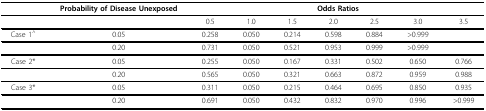
<table><thead><tr><td></td><td><b>Probability of Disease Unexposed</b></td><td colspan="7"><b>Odds Ratios</b></td></tr></thead><tbody><tr><td></td><td></td><td>0.5</td><td>1.0</td><td>1.5</td><td>2.0</td><td>2.5</td><td>3.0</td><td>3.5</td></tr><tr><td>Case 1<sup>^</sup></td><td>0.05</td><td>0.258</td><td>0.050</td><td>0.214</td><td>0.598</td><td>0.884</td><td>&gt;0.999</td><td></td></tr><tr><td></td><td>0.20</td><td>0.731</td><td>0.050</td><td>0.521</td><td>0.953</td><td>0.999</td><td>&gt;0.999</td><td></td></tr><tr><td>Case 2*</td><td>0.05</td><td>0.255</td><td>0.050</td><td>0.167</td><td>0.331</td><td>0.502</td><td>0.650</td><td>0.766</td></tr><tr><td></td><td>0.20</td><td>0.565</td><td>0.050</td><td>0.321</td><td>0.663</td><td>0.872</td><td>0.959</td><td>0.988</td></tr><tr><td>Case 3*</td><td>0.05</td><td>0.311</td><td>0.050</td><td>0.215</td><td>0.464</td><td>0.695</td><td>0.850</td><td>0.935</td></tr><tr><td></td><td>0.20</td><td>0.691</td><td>0.050</td><td>0.432</td><td>0.832</td><td>0.970</td><td>0.996</td><td>&gt;0.999</td></tr></tbody></table>